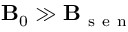
\mathbf { B } _ { 0 } \gg \mathbf { B } _ { \mathrm { ~ s ~ e ~ n ~ } }